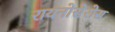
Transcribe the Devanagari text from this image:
रायनोसेरोस